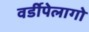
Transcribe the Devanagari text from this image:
वर्डीपेलागो